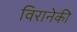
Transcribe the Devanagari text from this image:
विरानेकी